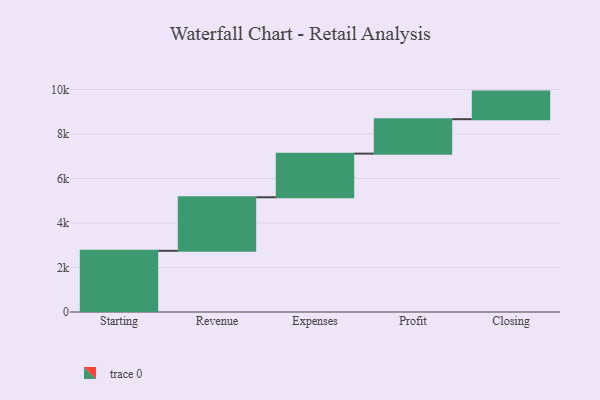
{"axis": {"x": "Step", "y": "Value"}, "legend": [""], "data": [{"x": "Starting", "y": 2750.0, "type": ""}, {"x": "Revenue", "y": 2407.0, "type": ""}, {"x": "Expenses", "y": 1961.0, "type": ""}, {"x": "Profit", "y": 1549.0, "type": ""}, {"x": "Closing", "y": 1239.0, "type": ""}]}